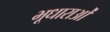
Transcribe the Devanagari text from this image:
भूधाराओं